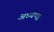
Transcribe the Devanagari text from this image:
अर्घ्यपट्ट